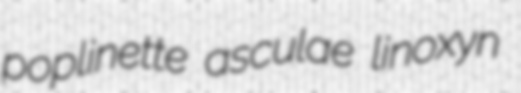
poplinette asculae linoxyn